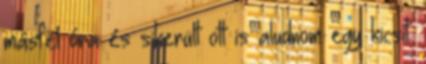
másfél óra és sikerült ott is aludnom egy kicsit.